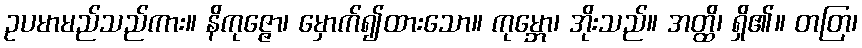
ဥပမာမည်သည်ကား။ နိကုဇ္ဇော၊ မှောက်၍ထားသော။ ကုမ္ဘော၊ အိုးသည်။ အတ္ထိ၊ ရှိ၏။ တတြ၊